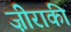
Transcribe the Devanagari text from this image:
ज़ीराकी